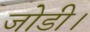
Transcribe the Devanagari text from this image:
जोडी।